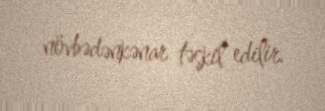
növbədənkənar təşkil edilir.